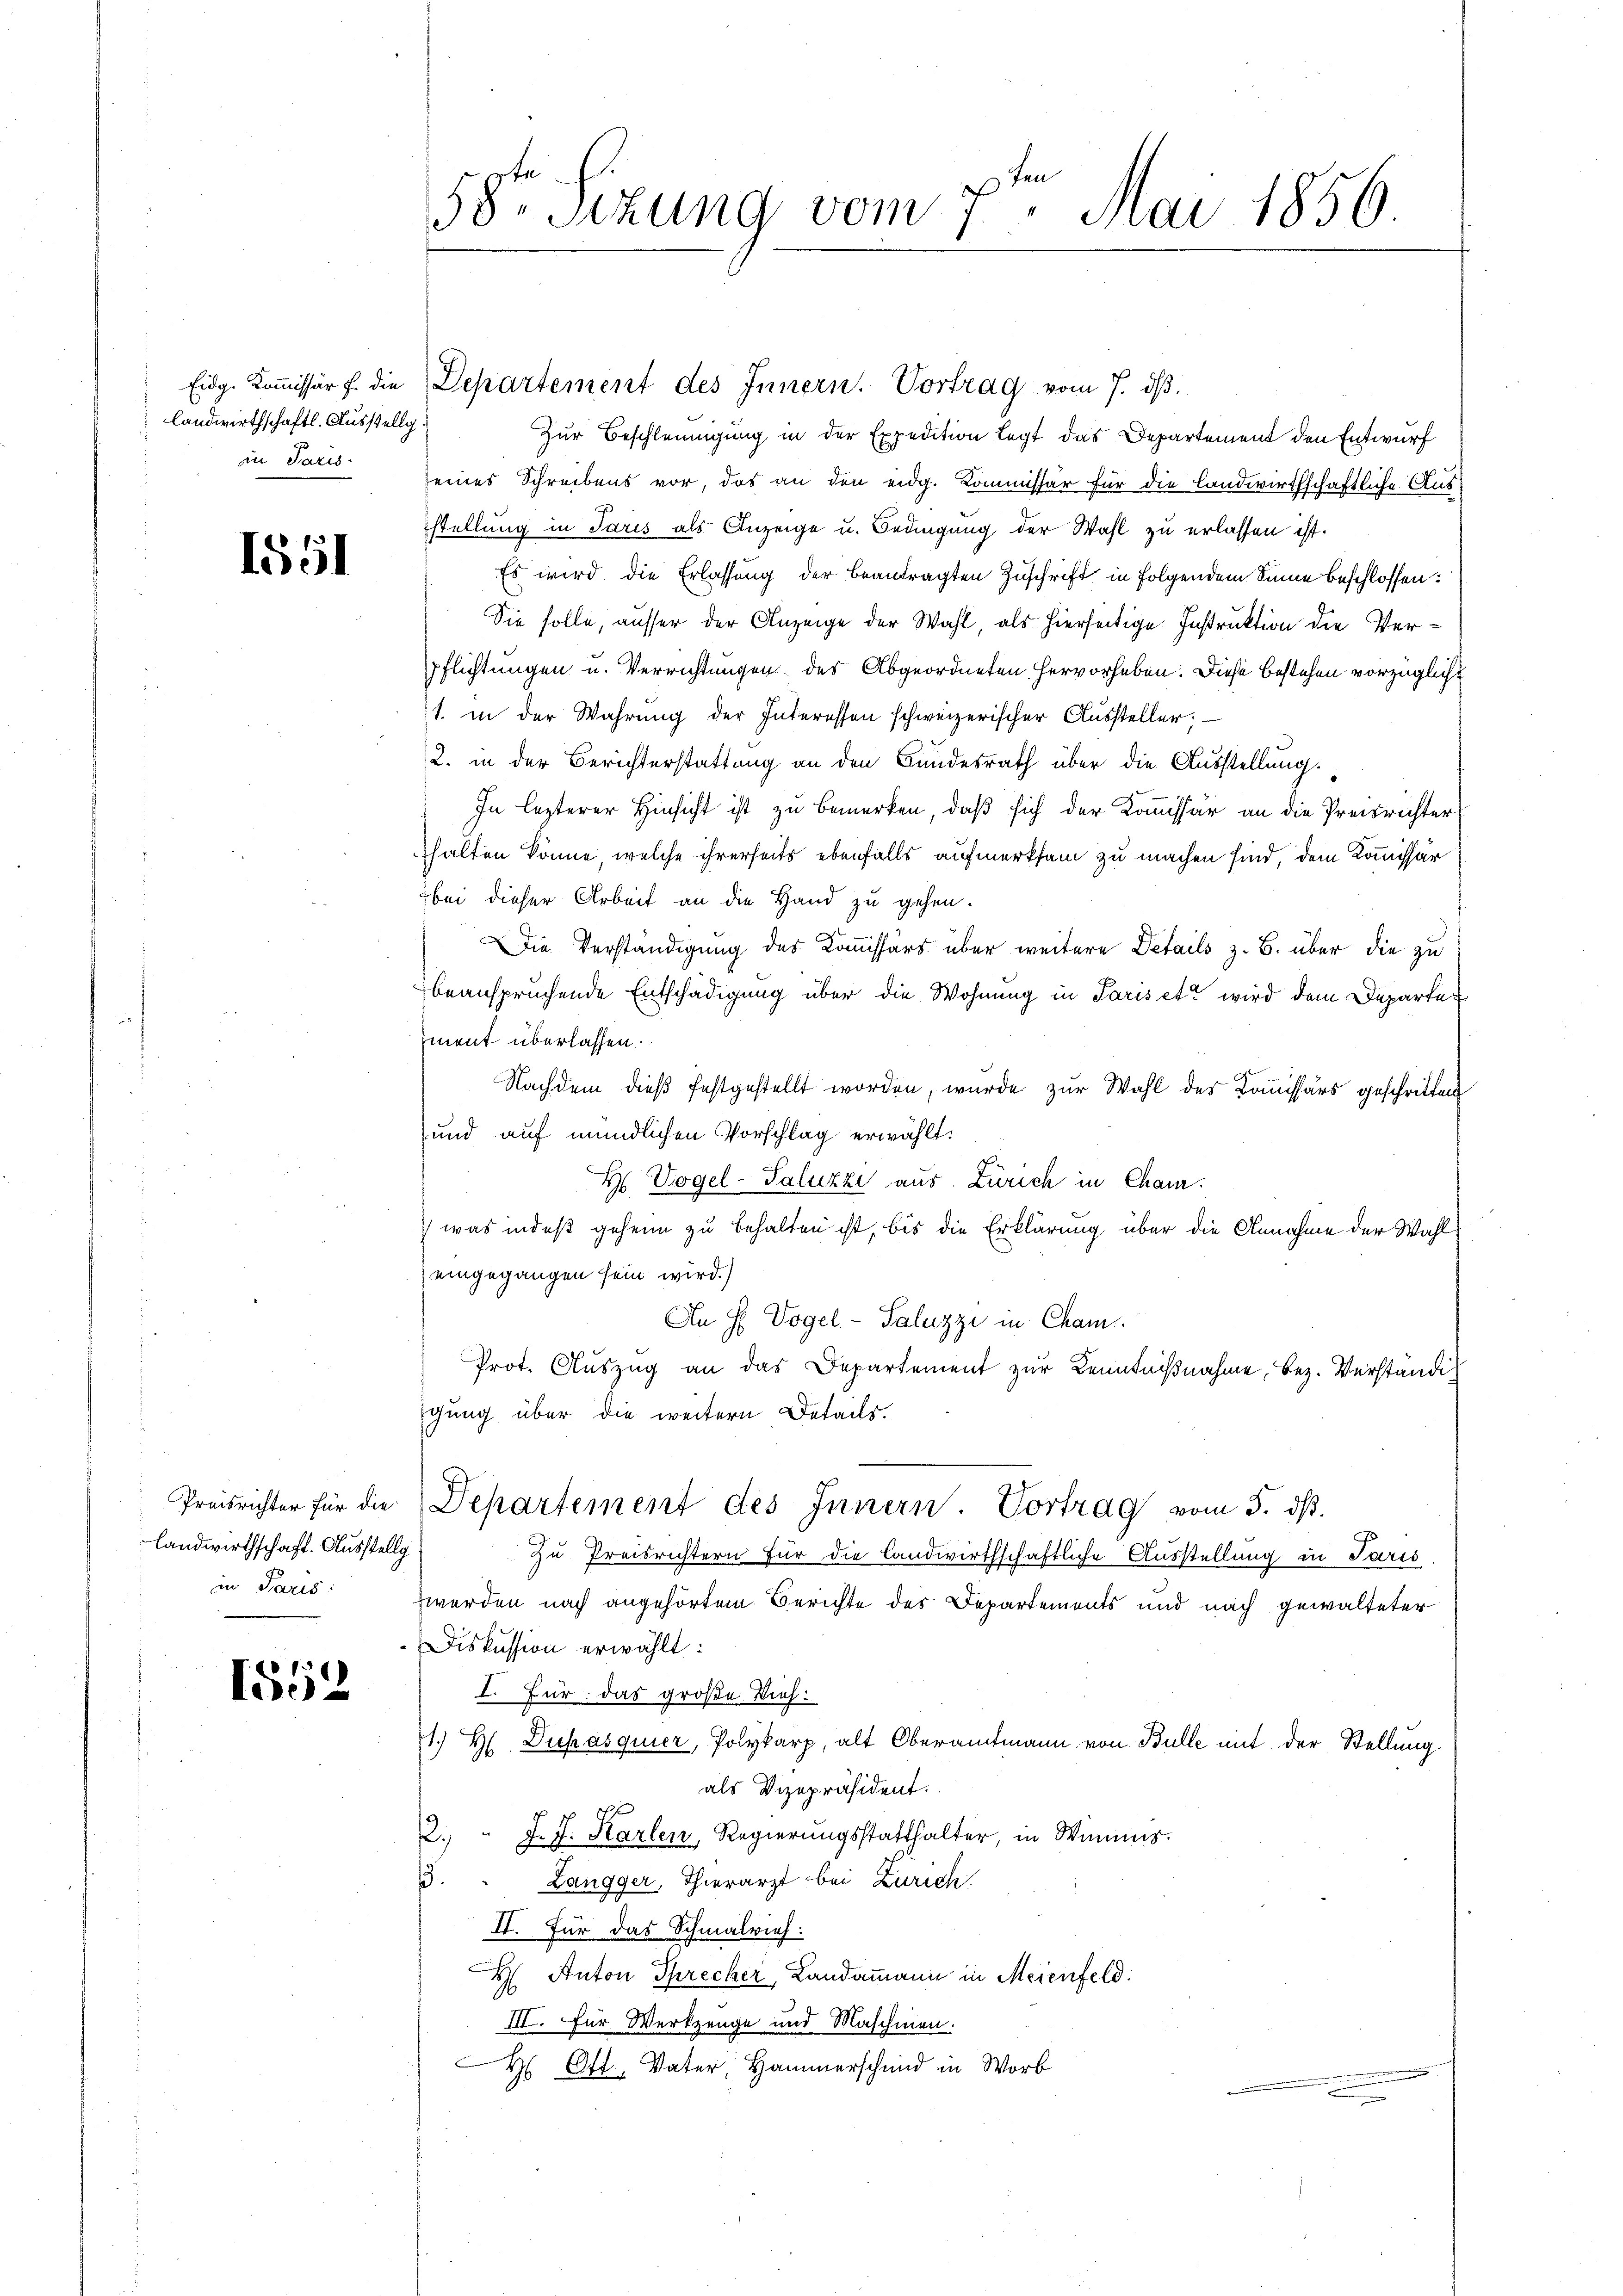
landwirthschaftl. Ausstellg.
in Paris

1551

Landwirthschaft. Ausstellg
in Paris

1552

Eidg. Kommissär f. die Departement des Innern. Vortrag vom 7. dβ.
Zur Beschleunigung in der Expedition legt das Departement den Entwurf
seines Schreibens vor, das an den eidg. Kommissär für die Landwirthschaftliche Ausstellung in Paris als Anzeige u. Bedingung der Wahl zu erlassen ist.
Es wird die Erlassung der beantragten Zuschrift in folgendem Sinne beschlossen:
Sie solle, ausser der Anzeige der Wahl, als hierseitige Instruktion die Verpflichtungen u. Verrichtungen des Abgeordneten hervorheben. Diese bestehen vorzüglicht
1. in der Wahrung der Interessen schweizerischer Aussteller.
2. in der Berichterstattung an den Bundesrath über die Ausstellung
In lezterer Hinsicht ist zu bemerken, daß sich der Kommissär an die Preisrichter
halten könne, welche ihrerseits ebenfalls aufmerksam zu machen sind, dem Kommissär
bei dieser Arbeit an die Hand zu gehen.
Die Verständigung des Kommissärs über weitere Details z. B. über die zu
beanspruchende Entschädigung über die Wohnung in Paris et wird dem Departement überlassen.
Nachdem dieß festgestellt worden, wurde zur Wahl des Kommissärs geschritten
und auf mündlichen Vorschlag erwählt:
H Vogel-Saluzzi aus Zürich in Cham.
 was indeß geheim zu behalten ist, bis die Erklärung über die Annahme der Wahl
eingegangen sein wird.)
An H. Vogel - Paluzzi in Cham
Prot. Auszug an das Departement zur Kenntnißnahme, bez. Verständig
gung über die weitern Details.
Preisrichter für die Departement des Innern. Vortrag vom 5. dß.
Zu Preisrichtern für die Landwirthschaftliche Ausstellung in Paris
werden nach angehörtem Berichte des Departements und nach gewalteter
Diskussion erwählt:
I. Für das große Vieh:
1.) H Duhasquier, Polykarp, alt Oberamtmann von Bulle mit der Stellung
als Vizepräsident.
2. " J. J. Karlen, Regierungsstatthalter, in Wimmes.
.
Zangger, Thierarzt bei Zürich
II. Für das Schmalrieh:
 Anton Sprecher, Landammann in Meienfeld.
III. Für Werkzeuge und Maschinen.
 Ott, Vater, Hammerschmid in Worb
n

58r Sizung vom 7ten Mai 1856